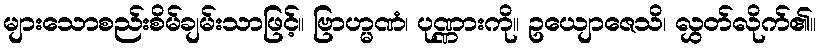
များသောစည်းစိမ်ချမ်းသာဖြင့်။ ဗြာဟ္မဏံ၊ ပုဏ္ဏားကို။ ဥယျောဇေသိ၊ လွှတ်လိုက်၏။